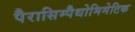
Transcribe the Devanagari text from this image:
पैरासिम्पैथोमिमेटिक